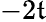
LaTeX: -2\mathfrak{t}